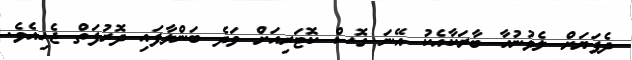
ދެފަޔަށް ލެވުނުހާ ބާރަކާއެކު އޭނަ ގޮސް ކޮޓަރިއަށް ވަދެ ބަންލާފައި ދޮރުފަތް ޖެހިއެވެ.